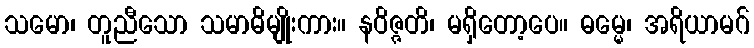
သမော၊ တူညီသော သမာဓိမျိုးကား။ နဝိဇ္ဇတိ၊ မရှိတော့ပေ။ ဓမ္မေ၊ အရိယာမဂ်